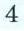
4